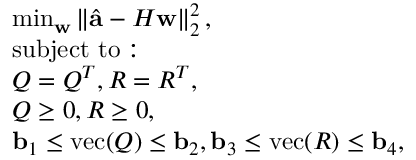
\begin{array} { r l } & { \operatorname* { m i n } _ { \mathbf { w } } \left\| \hat { \mathbf { a } } - H \mathbf { w } \right\| _ { 2 } ^ { 2 } , } \\ & { \mathrm { s u b j e c t ~ t o : } } \\ & { Q = Q ^ { T } , R = R ^ { T } , } \\ & { Q \ge 0 , R \ge 0 , } \\ & { \mathbf { b } _ { 1 } \le \mathrm { v e c } ( Q ) \le \mathbf { b } _ { 2 } , \mathbf { b } _ { 3 } \le \mathrm { v e c } ( R ) \le \mathbf { b } _ { 4 } , } \end{array}